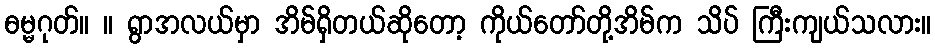
ဓမ္မဂုတ်။ ။ ရွာအလယ်မှာ အိမ်ရှိတယ်ဆိုတော့ ကိုယ်တော်တို့အိမ်က သိပ် ကြီးကျယ်သလား။